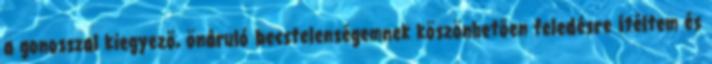
a gonosszal kiegyezõ, önáruló becstelenségemnek köszönhetõen feledésre ítéltem és